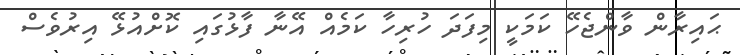
ޙައިރާން ވާންޖެހޭ ކަމަކީ މިފަދަ ހުރިހާ ކަމެއް އޭނާ ފާޅުގައި ކޮށްއުޅޭ އިރުވެސް